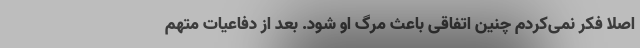
اصلاً فکر نمی‌کردم چنین اتفاقی باعث مرگ او شود. بعد از دفاعیات متهم